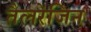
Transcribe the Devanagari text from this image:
तैलरेजिन